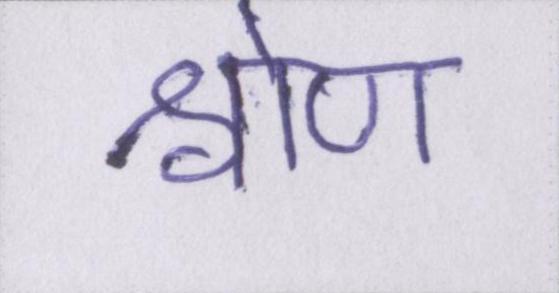
श्रोण